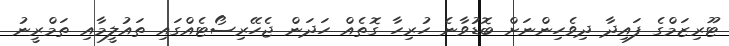
ޓޫރިޒަމްގެ ފައިދާ ދިވެހިންނަށް ބޮޑުވާނެ ހުރިހާ ގޮތެއް ހަދަން ޖެހޭރިސޯޓެއްގައި ތައުލީމާއި ތަމްރީނު